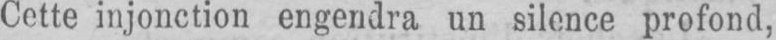
Cette injonction engendra un silence profond,